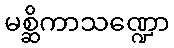
မစ္ဆိကာသဏ္ဍော